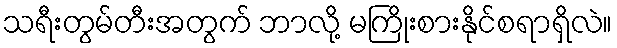
သရီးတွမ်တီးအတွက် ဘာလို့ မကြိုးစားနိုင်စရာရှိလဲ။